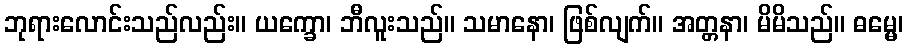
ဘုရားလောင်းသည်လည်း။ ယက္ခော၊ ဘီလူးသည်။ သမာနော၊ ဖြစ်လျက်။ အတ္တနာ၊ မိမိသည်။ ဓမ္မေ၊